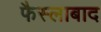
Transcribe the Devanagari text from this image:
फैस्लाबाद